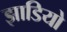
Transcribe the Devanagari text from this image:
झाडियो